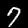
Digit: 7